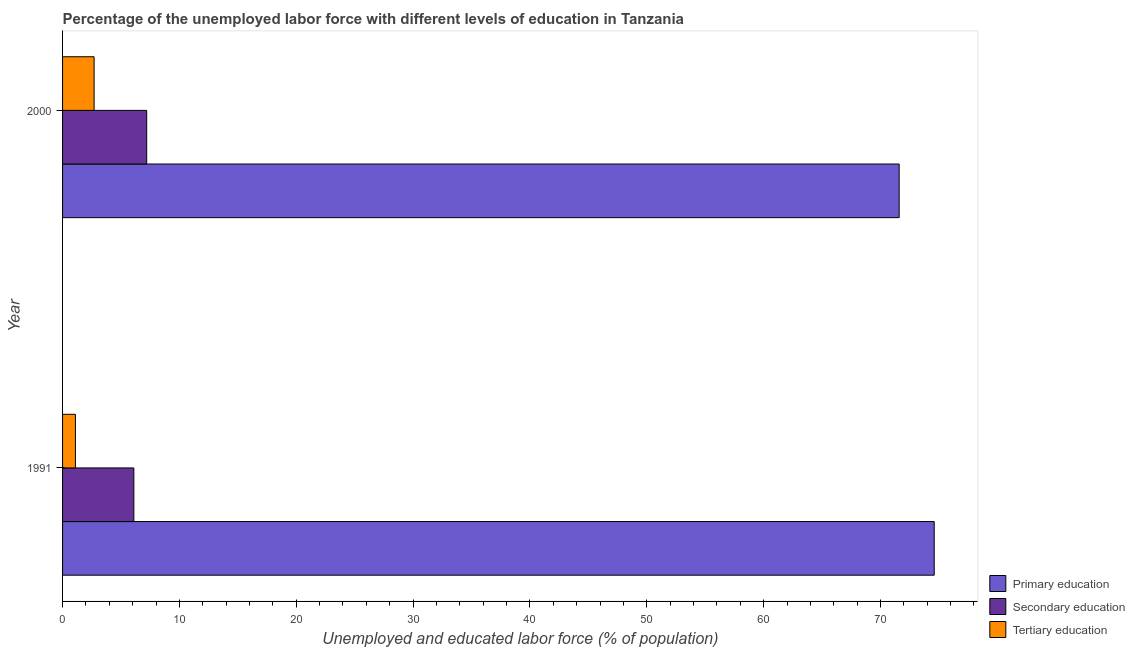
| Year | Primary education | Secondary education | Tertiary education |
 | --- | --- | --- | --- |
 | 1991 | 74.6 | 6.1 | 1.1 |
 | 2000 | 71.6 | 7.2 | 2.7 |